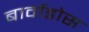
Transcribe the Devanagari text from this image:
बार्वाडोस